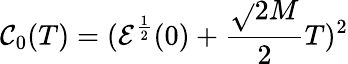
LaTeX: \mathcal{C}_{0}(T)=(\mathcal{{E}}^{\frac{{1}}{{2}}}(0)+\frac{{\sqrt{}{{2M}}}}{{2}}T)^{2}